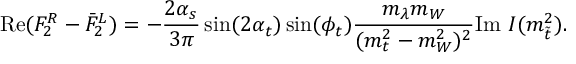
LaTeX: \mathrm { R e } ( F _ { 2 } ^ { R } - \bar { F } _ { 2 } ^ { L } ) = - \frac { 2 \alpha _ { s } } { 3 \pi } \sin ( 2 \alpha _ { t } ) \sin ( \phi _ { t } ) \frac { m _ { \lambda } m _ { W } } { ( m _ { t } ^ { 2 } - m _ { W } ^ { 2 } ) ^ { 2 } } \mathrm { I m ~ } { \cal I } ( m _ { \tilde { t } } ^ { 2 } ) .